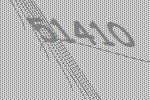
51410